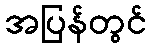
အပြန်တွင်